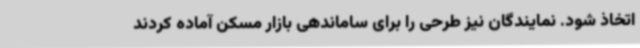
اتخاذ شود. نمایندگان نیز طرحی را برای ساماندهی بازار مسکن آماده کردند